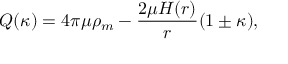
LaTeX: Q ( \kappa ) = 4 \pi \mu \rho _ { m } - \frac { 2 \mu H ( r ) } { r } ( 1 \pm \kappa ) ,